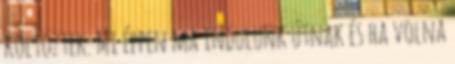
költöztek. Mi éppen ma indulunk útnak és ha volna